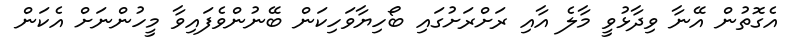
އެގޮތުން އޭނާ ވިދާޅުވީ މާލެ އާއި ރަށްރަށުގައި ބޯހިޔާވަހިކަން ބޭނުންވެފައިވާ މީހުންނަށް އެކަން